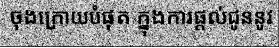
ចុងក្រោយបំផុត ក្នុងការផ្តល់ជូននូវ